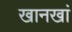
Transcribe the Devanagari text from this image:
खानखां